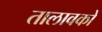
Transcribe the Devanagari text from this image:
तालावको